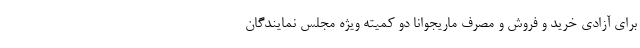
برای آزادی خرید و فروش و مصرف ماریجوانا دو کمیته ویژه مجلس نمایندگان